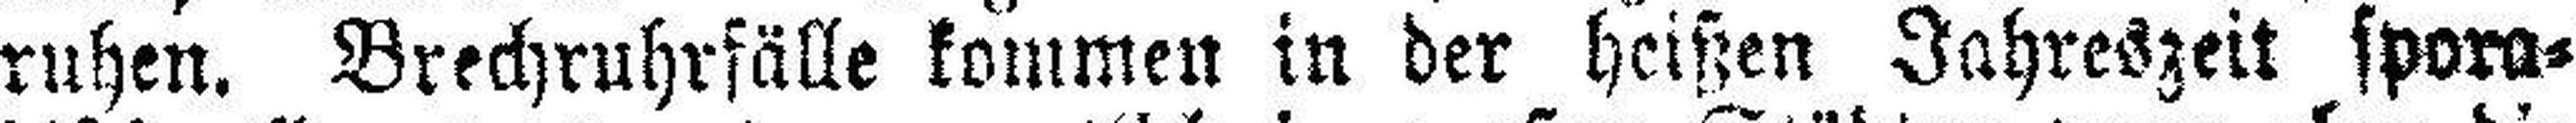
ruhen. Brechruhrfälle kommen in der heißen Jahreszeit spora¬